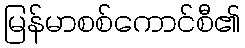
မြန်မာစစ်ကောင်စီ၏